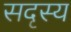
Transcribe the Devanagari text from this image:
सदृस्य